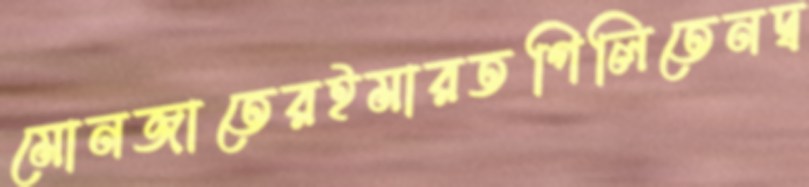
মোনজাতেরইমারতগিলিতেনদ্ব